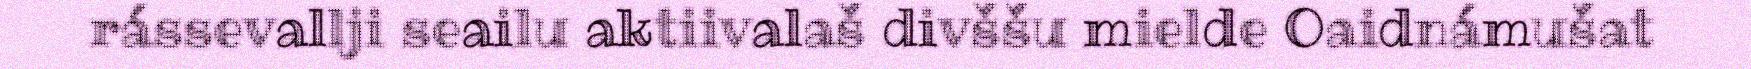
rássevallji seailu aktiivalaš divššu mielde Oaidnámušat